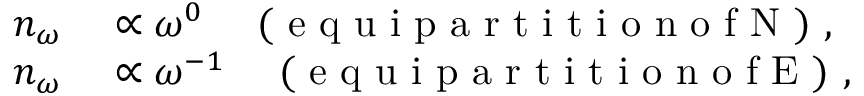
\begin{array} { r } { \begin{array} { r l } { n _ { \omega } } & { { } \propto \omega ^ { 0 } \quad \mathrm { ~ ( ~ e ~ q ~ u ~ i ~ p ~ a ~ r ~ t ~ i ~ t ~ i ~ o ~ n ~ o ~ f ~ N ~ ) ~ } , } \\ { n _ { \omega } } & { { } \propto \omega ^ { - 1 } \quad \mathrm { ~ ( ~ e ~ q ~ u ~ i ~ p ~ a ~ r ~ t ~ i ~ t ~ i ~ o ~ n ~ o ~ f ~ E ~ ) ~ } , } \end{array} } \end{array}